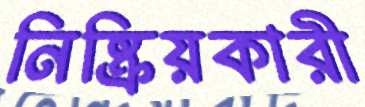
নিষ্ক্রিয়কারী